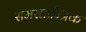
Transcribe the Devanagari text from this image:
समरतान्त्रिक